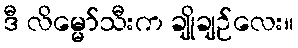
ဒီ လိမ္မော်သီးက ချိုချဉ်လေး။